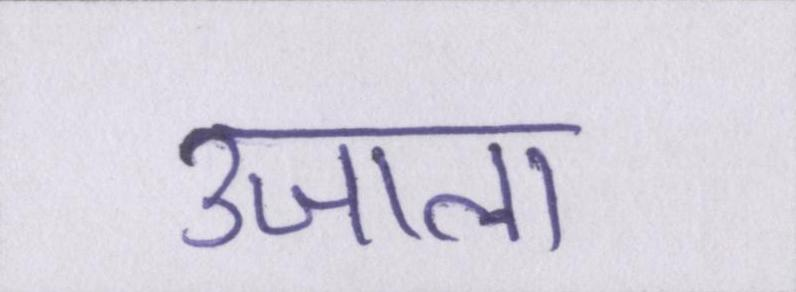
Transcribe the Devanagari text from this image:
उजाला